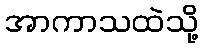
အာကာသထဲသို့